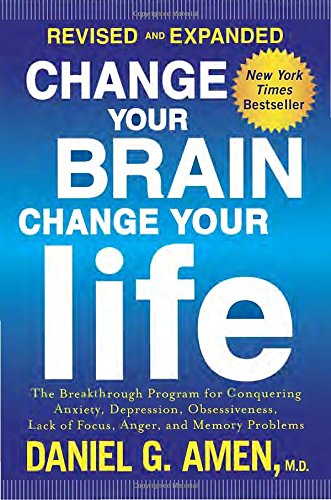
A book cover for Change Your Brain, Change Your Life (Revised and Expanded): The Breakthrough Program for Conquering Anxiety, Depression, Obsessiveness, Lack of Focus, Anger, and Memory Problems; Daniel G. Amen M.D.; Health, Fitness & Dieting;